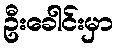
ဦးခေါင်းမှာ